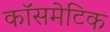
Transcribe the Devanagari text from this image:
कॉसमेटिक